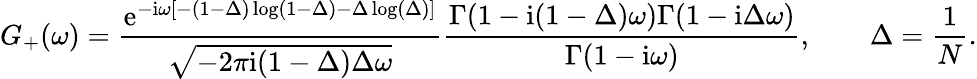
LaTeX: G_{+}(\omega)=\frac{\mathrm{e}^{-\mathrm{i}\omega[-(1-\Delta)\log(1-\Delta)-\Delta\log(\Delta)]}}{\sqrt{-2\pi\mathrm{i}(1-\Delta)\Delta\omega}}\frac{\Gamma(1-\mathrm{i}(1-\Delta)\omega)\Gamma(1-\mathrm{i}\Delta\omega)}{\Gamma(1-\mathrm{i}\omega)},\qquad\Delta=\frac{1}{N}.